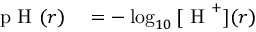
\begin{array} { r l } { \textrm { p H } ( r ) } & { { } = - \log _ { 1 0 } { [ \textrm { H } ^ { + } ] ( r ) } } \end{array}